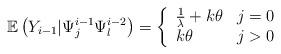
LaTeX: \begin{align*} \mathbb{E}\left(Y_{i-1}|\Psi_j^{i-1}\Psi_l^{i-2}\right) = \left\{\begin{array}{ll} \frac{1}{\lambda}+k\theta & j=0\\ k\theta & j>0 \end{array} \right. \end{align*}